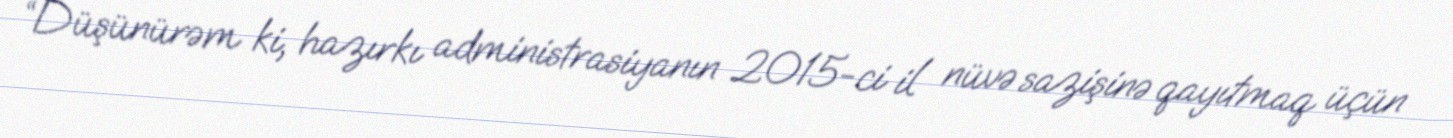
“Düşünürəm ki, hazırkı administrasiyanın 2015-ci il nüvə sazişinə qayıtmaq üçün